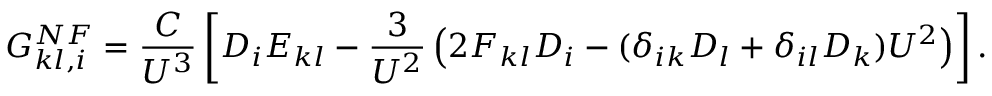
\boldsymbol { G _ { k l , i } ^ { N F } } = \frac { C } { U ^ { 3 } } \left[ D _ { i } E _ { k l } - \frac { 3 } { U ^ { 2 } } \left( 2 F _ { k l } D _ { i } - ( \delta _ { i k } D _ { l } + \delta _ { i l } D _ { k } ) U ^ { 2 } \right) \right] .